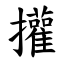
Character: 㩲